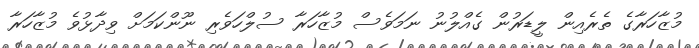
މުޒާހަރާގެ ތެރެއިން ލީޑަރުން ގެއްލުނު ނަމަވެސް މުޒާހަރާ ސުލްހަވެރި ނޫންކަމަށް ވިދާޅުވެ މުޒާހަރާ